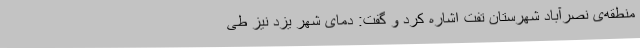
منطقه‌ی نصرآباد شهرستان تفت اشاره کرد و گفت: دمای شهر یزد نیز طی